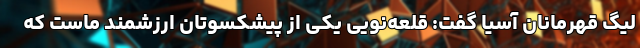
لیگ قهرمانان آسیا گفت: قلعه‌نویی یکی از پیشکسوتان ارزشمند ماست که